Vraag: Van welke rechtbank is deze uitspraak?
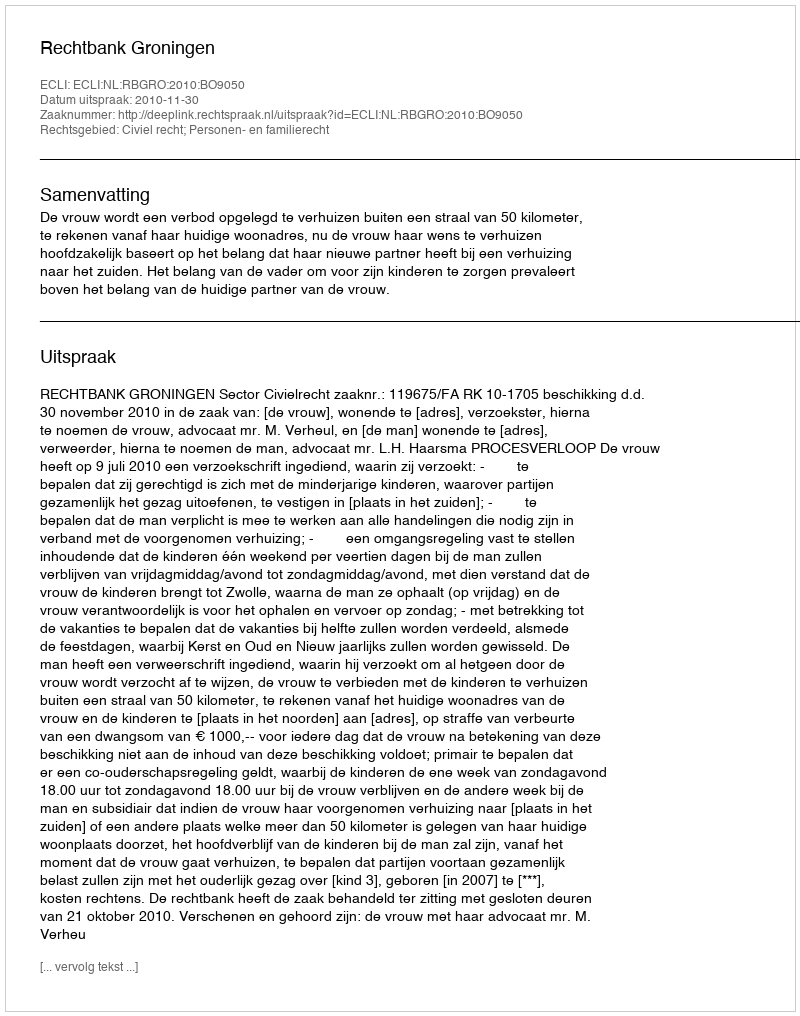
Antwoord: Rechtbank Groningen